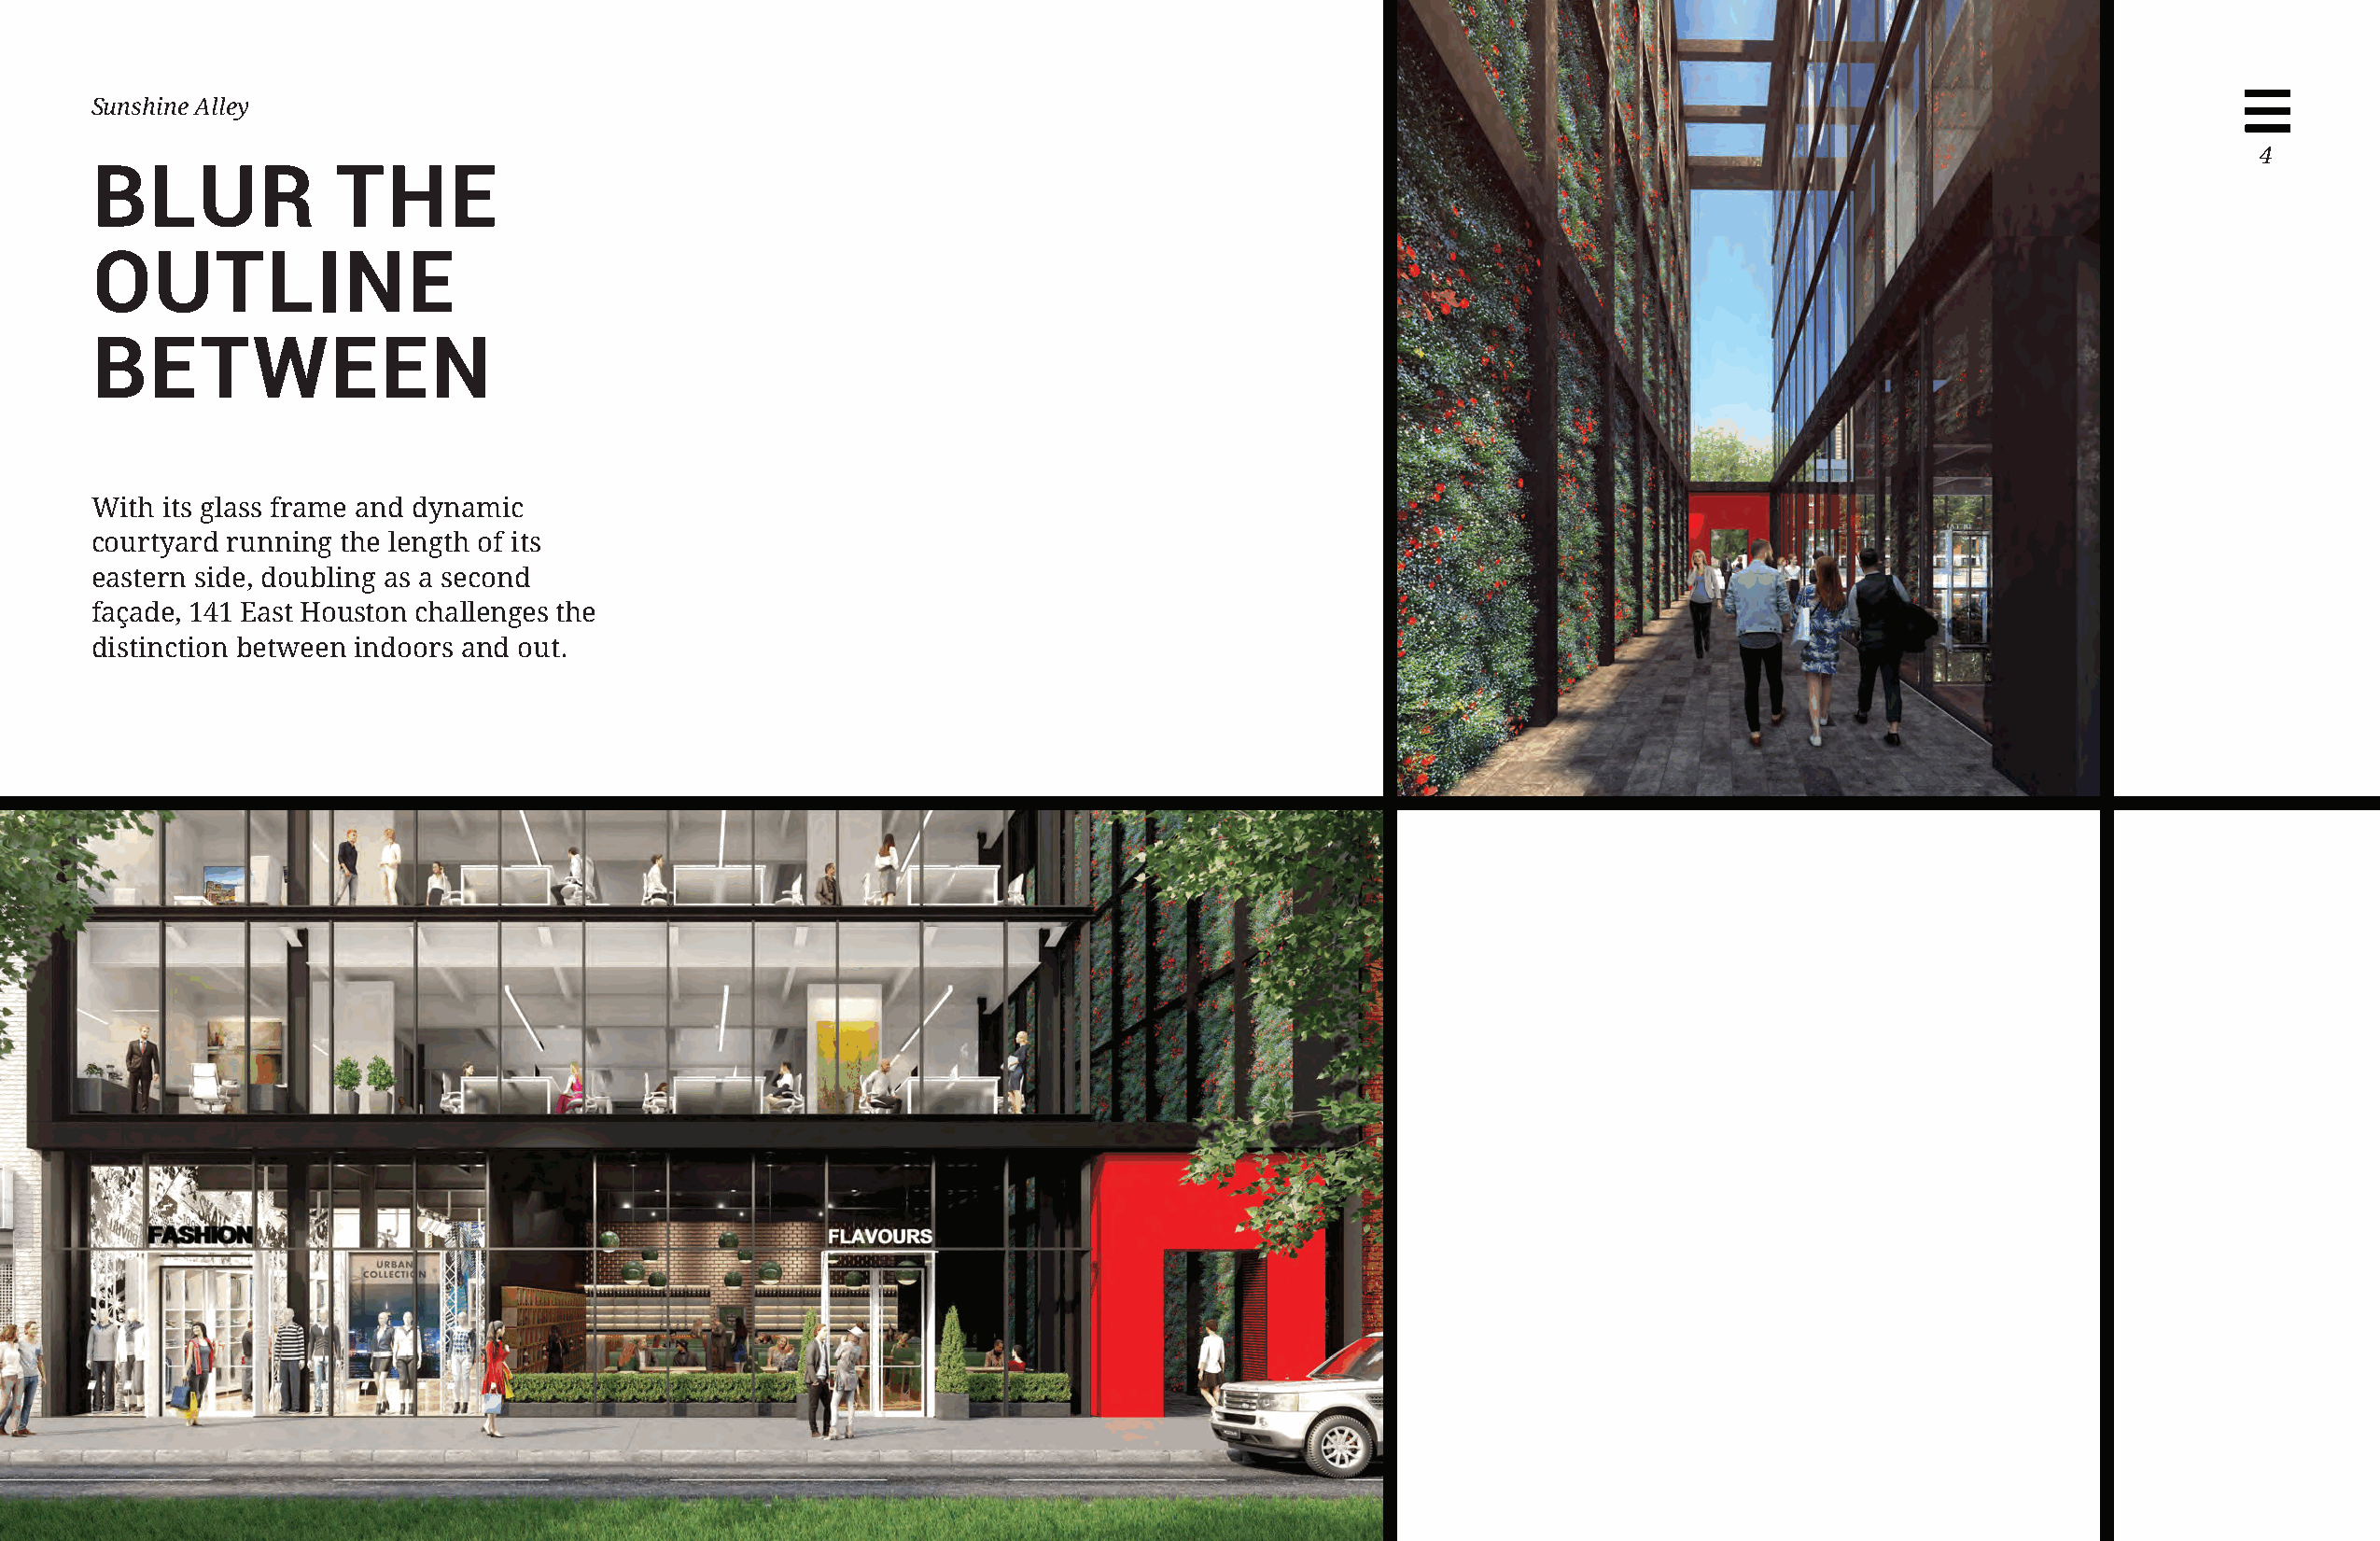
Sunshine Alley
 4
 BLUR             THE
 OUTLINE
 BETWEEN
 With  its glass frame and dynamic
 courtyard running the length of its
 eastern side, doubling as a second
 façade, 141 East Houston challenges the
 distinction between indoors and out.